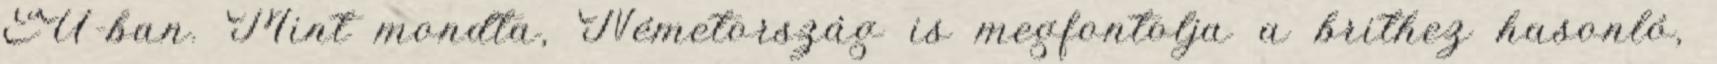
EU-ban. Mint mondta, Németország is megfontolja a brithez hasonló,